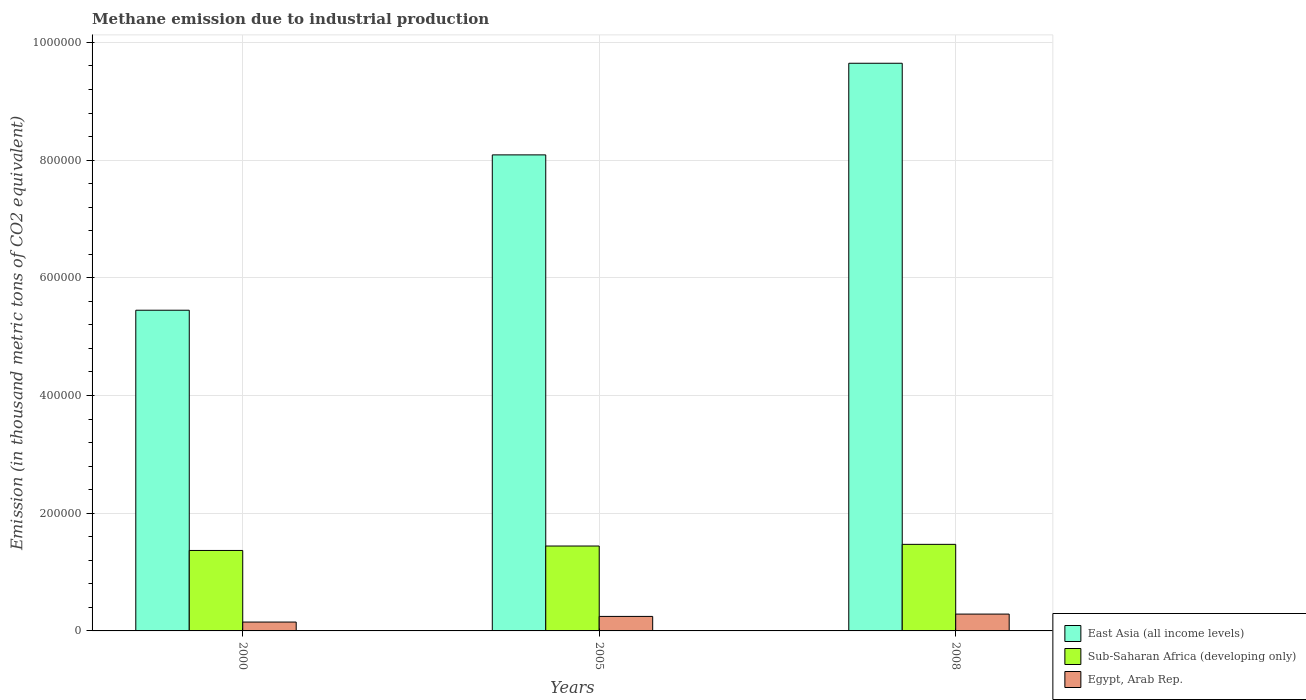
| Years | East Asia (all income levels) | Sub-Saharan Africa (developing only) | Egypt, Arab Rep. |
 | --- | --- | --- | --- |
 | 2000 | 5.45e+05 | 1.37e+05 | 1.51e+04 |
 | 2005 | 8.09e+05 | 1.44e+05 | 2.47e+04 |
 | 2008 | 9.65e+05 | 1.47e+05 | 2.86e+04 |